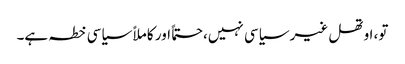
تو، اوتھل غیر سیاسی نہیں، حتماً اور کاملاً سیاسی خطہ ہے۔